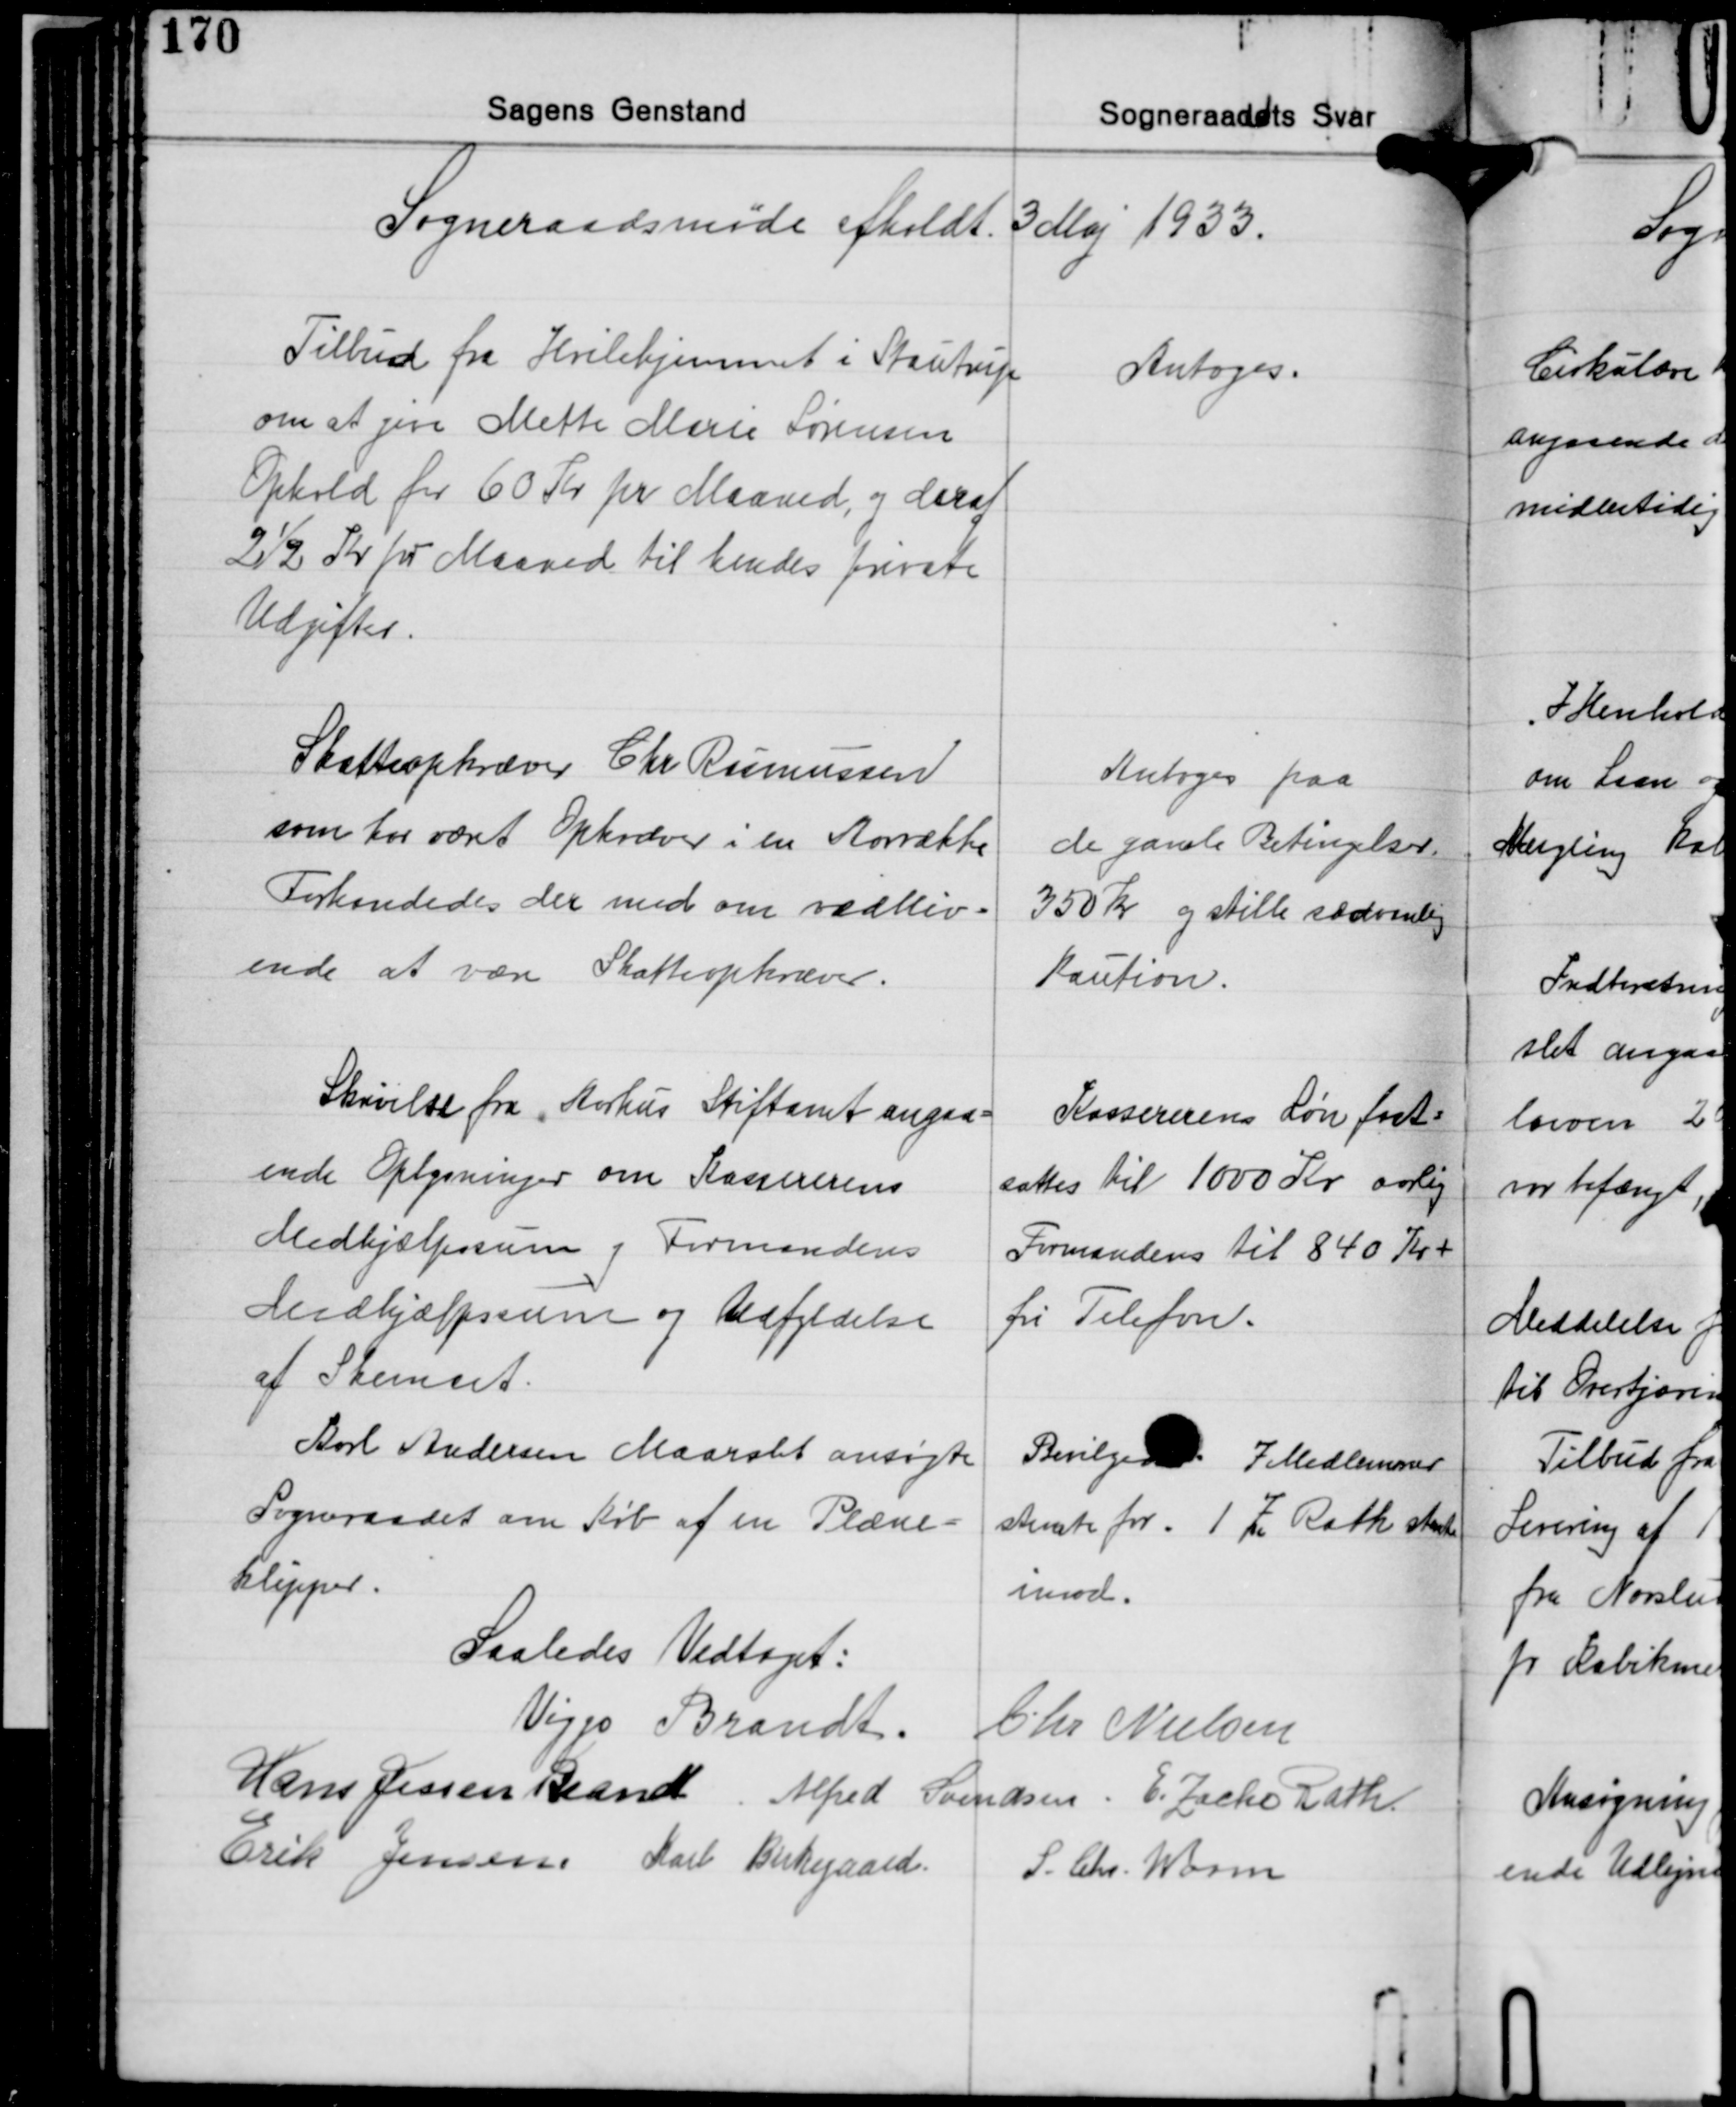
Transskription:
Sogneraadsmøde afholdt 3 Maj 1933.

Tilbud fra Hvilehjemmet i Stautrup
om at give Mette Marie Sørensen
Ophold for 60 Kr. pr. Maaned, og deraf
2½ Kr. pr. Maaned til hendes private
Udgifter.

Antoges.

Skatteopkræver Chr. Rasmussen
som har været Opkræver i en Aarrække
Forhandedes der med om vedbliv-
ende at være Skatteopkræver.

Antoges paa
de gamle Betingelser.
350 kr. og stille sædvanlig
Kaution.

Skrivelse fra Aarhus Stiftamt angaa-
ende Oplysninger om Kassererens
Medhjælpssum og Formandens
Medhjælpssum og Udfyldelse
af Skemaet.

Kassererens Løn fast-
sattes til 1000 Kr. aarlig
Formandens til 840 Kr. +
fri Telefon.

Karl Andersen Maarslet ansøgte
Sogneraadet om Køb af en Plæne-
klipper.

Bevilget 7 Medlemmer
stemte for. 1 Z Rath stemte
imod.

Saaledes Vedtaget:

Viggo Brandt Chr. Nielsen
Hans Jessen Brandt Alfred Svendsen E. Zacho Rath
Erik Jensen Karl Kirkegaard
S. Chr. Worm